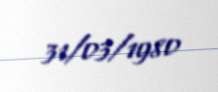
31/03/1980